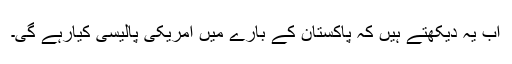
اب یہ دیکھتے ہیں کہ پاکستان کے بارے میں امریکی پالیسی کیارہے گی۔